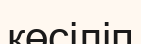
көсіліп